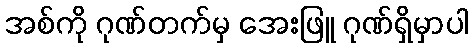
အစ်ကို ဂုဏ်တက်မှ အေးဖြူ ဂုဏ်ရှိမှာပါ